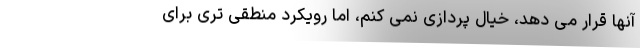
آنها قرار می دهد، خیال پردازی نمی کنم، اما رویکرد منطقی تری برای